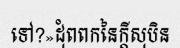
ទៅ?»ដុំពពកនៃក្តីសុបិន